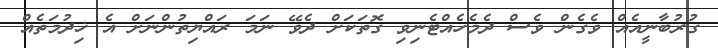
ގުރުބާނީއެއް ވެގެން ވެސް ދެމެހެއްޓެނިވި ގޮތަކަށް ދެވޭ ނަމަ ރައްޔިތުންނަށް އެ ޚިދުމަތެއް